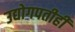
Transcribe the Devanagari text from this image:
उद्योगपतीही